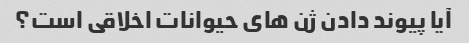
آیا پیوند دادن ژن های حیوانات اخلاقی است؟